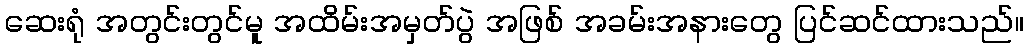
ဆေးရုံ အတွင်းတွင်မူ အထိမ်းအမှတ်ပွဲ အဖြစ် အခမ်းအနားတွေ ပြင်ဆင်ထားသည်။